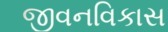
જીવનવિકાસ